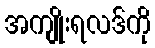
အကျိုးရလဒ်ကို